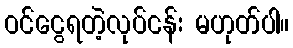
ဝင်ငွေရတဲ့လုပ်ငန်း မဟုတ်ပါ။